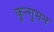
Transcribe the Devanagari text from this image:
कुन्गुमन